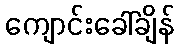
ကျောင်းခေါ်ချိန်